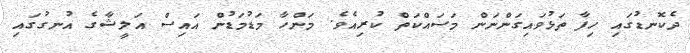
ދެކޮނޑުގައި ހިފާ ތަޅުވައިގަންނަން މަސައްކަތް ކުރިއެވެ. މަންހާ މަޑުމަޑުން އައިސް އަލީޝާގެ އުނގުގައި